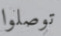
توصلوا